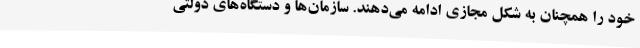
خود را همچنان به شکل مجازی ادامه می‌دهند. سازمان‌ها و دستگاه‌های دولتی